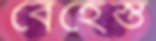
বেহেস্ত